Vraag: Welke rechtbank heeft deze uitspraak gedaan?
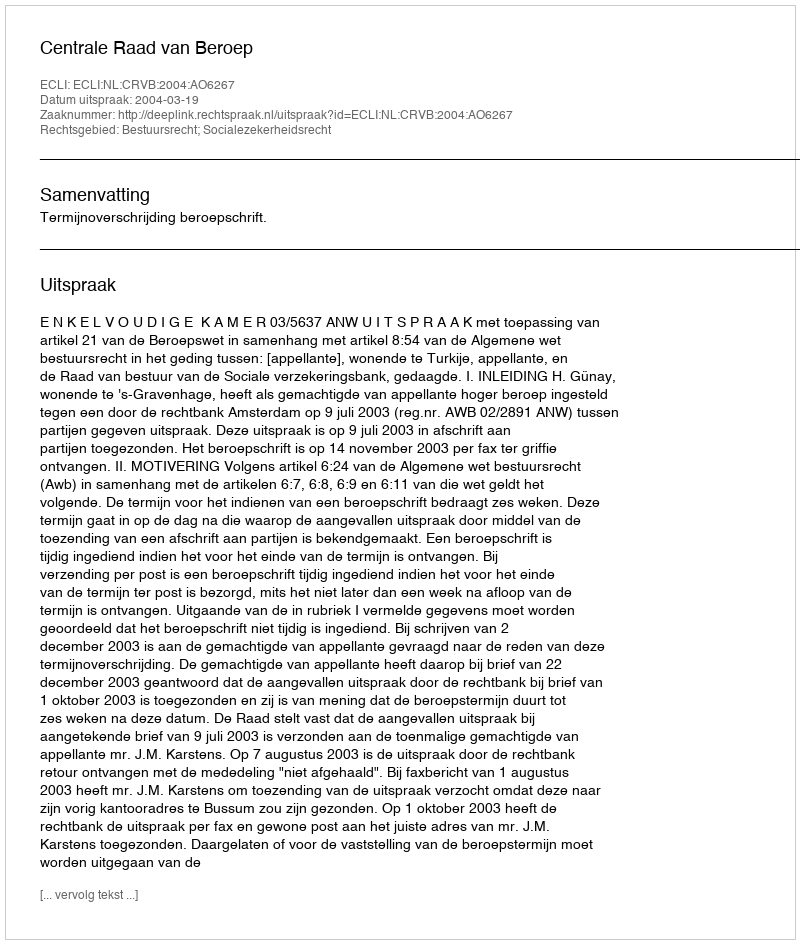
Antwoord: Centrale Raad van Beroep